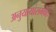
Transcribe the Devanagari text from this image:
अनुयायांसमवेत